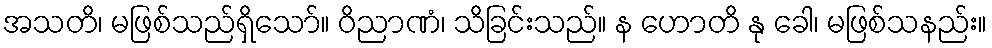
အသတိ၊ မဖြစ်သည်ရှိသော်။ ဝိညာဏံ၊ သိခြင်းသည်။ န ဟောတိ နု ခေါ၊ မဖြစ်သနည်း။